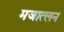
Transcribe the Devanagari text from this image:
मजात्लन